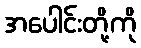
အပေါင်းတို့ကို